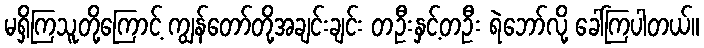
မရှိကြသူတို့ကြောင့် ကျွန်တော်တို့အချင်းချင်း တဦးနှင့်တဦး ရဲဘော်လို့ ခေါ်ကြပါတယ်။